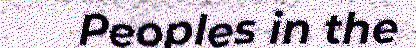
Peoples in the